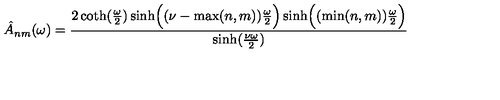
\hat { A } _ { n m } ( \omega ) = { \frac { 2 \coth ( { \frac { \omega } { 2 } } ) \sinh \Bigl ( ( \nu - \max ( n , m ) ) { \frac { \omega } { 2 } } \Bigr ) \sinh \Bigl ( ( \min ( n , m ) ) { \frac { \omega } { 2 } } \Bigr ) } { \sinh ( { \frac { \nu \omega } { 2 } } ) } }